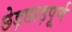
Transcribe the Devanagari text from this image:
छेड़छाड़पूर्ण